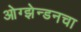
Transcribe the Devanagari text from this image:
ओग्झेन्डनचा